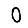
Digit: 0